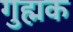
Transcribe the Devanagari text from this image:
गुह्मक